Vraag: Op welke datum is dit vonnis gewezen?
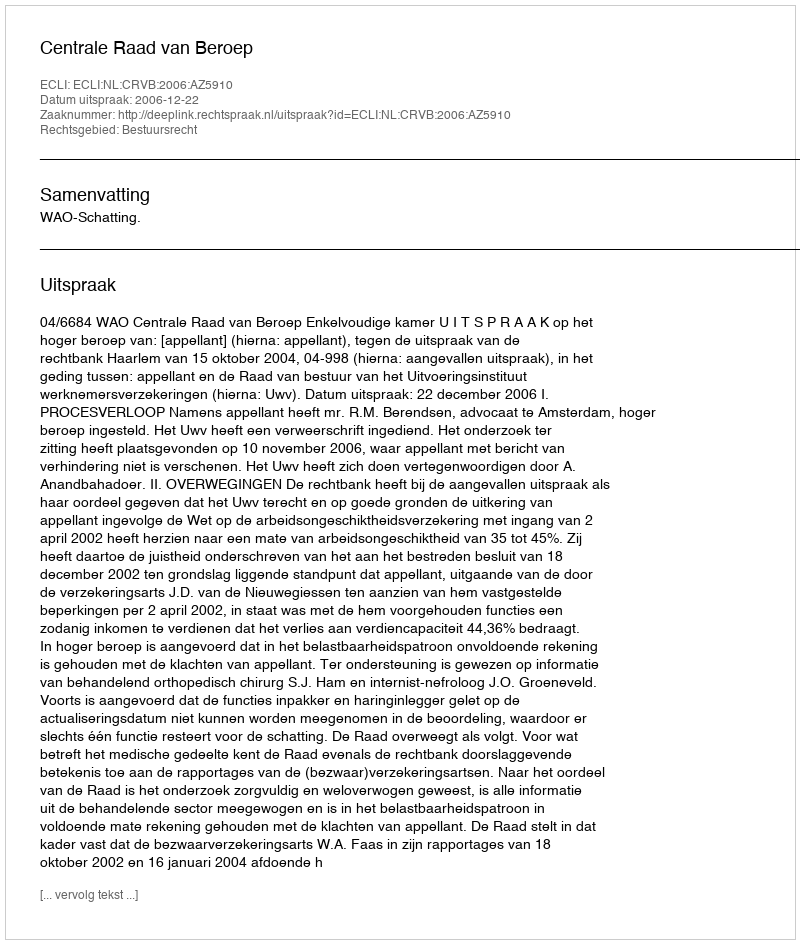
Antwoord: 2006-12-22